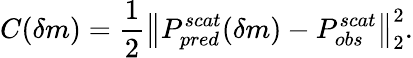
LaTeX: C(\delta m)=\frac{1}{2}\big\| P_{pred}^{scat}(\delta m)-P_{obs}^{scat}\big\| _{2}^{2}.